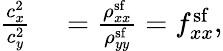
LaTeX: \begin{array}{rl}{\frac{c_{x}^{2}}{c_{y}^{2}}}&{{}=\frac{\rho_{xx}^{\mathrm{sf}}}{\rho_{yy}^{\mathrm{sf}}}=f_{xx}^{\mathrm{sf}},}\end{array}